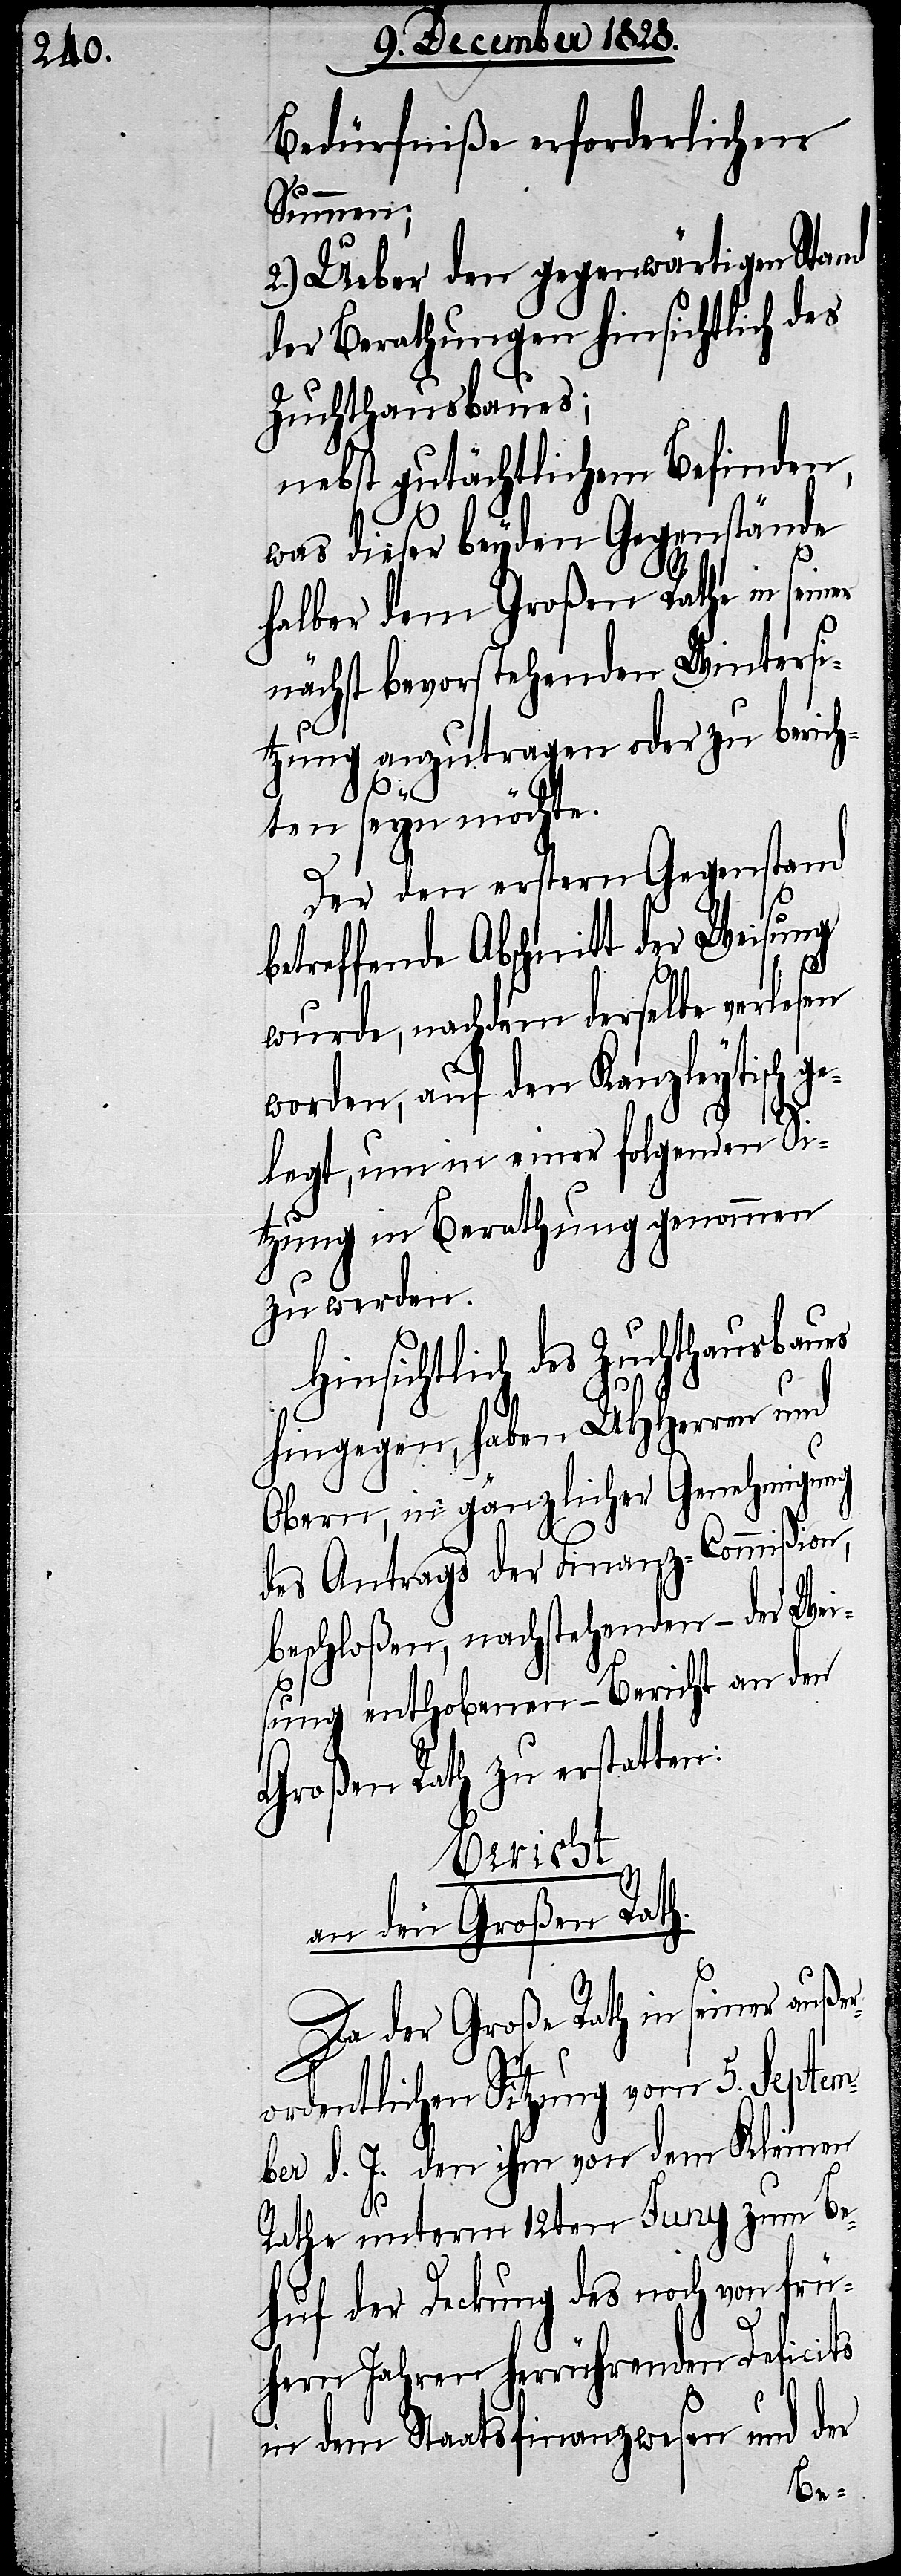
Bedürfniße erforderlichen
Summen;
2.) Ueber den gegenwärtigen Stand
der Berathungen hinsichtlich des
Zuchthausbaues;
nebst gutächtlichem Befinden,
was dieser beyden Gegenstände
halber dem Großen Rathe in seiner
nächst bevorstehenden Wintersi¬
tzung anzutragen oder zu berich¬
ten seyn möchte.
Der den erstern Gegenstand
betreffende Abschnitt der Weisung
wurde, nachdem derselbe verlesen
worden, auf den Kanzleytisch
gelegt, um in einer folgenden Si¬
tzung in Berathung genommen
zu werden.
Hinsichtlich des Zuchthausbaues
hingegen, haben UHHerren und
Obern, in gänzlicher Genehmigung
des Antrags der Finanz-Commißion
beschloßen, nachstehenden – der Wei¬
sung enthobenen – Bericht an den
Großen Rath zu erstatten:
Bericht
an den Großen Rath.
Da der Große Rath in seiner auße¬
rordentlichen Sitzung vom 5. Septem¬
ber d. J. den ihm von dem Kleinen
Rathe unterm 12ten Juny zum Be¬
huf der Deckung des noch von frü¬
hern Jahren herrührenden Deficits
in dem Staatsfinanzwesen und der